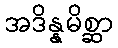
အဒိန္နမိစ္ဆာ